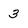
Character: 3